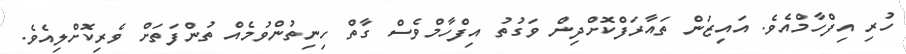
ހުރި އިފްހާމްއެވެ. އައިޒަން ތައާރަފްކޮށްދިން ވަގުތު އިފްހާމްވެސް ގާތް ހިނިތުންވުމެއް ތުންފަތަށް ވެރިކޮށްލިއެވެ.